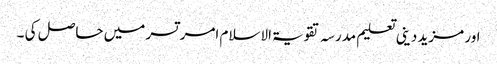
اور مزید دینی تعلیم مدرسہ تقویۃ الاسلام امر تسر میں حاصل کی ۔